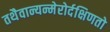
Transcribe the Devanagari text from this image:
तथैवान्यन्मेरोर्दक्षिणतो